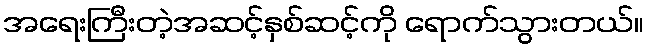
အရေးကြီးတဲ့အဆင့်နှစ်ဆင့်ကို ရောက်သွားတယ်။